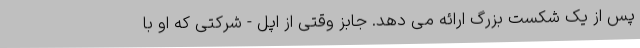
پس از یک شکست بزرگ ارائه می دهد. جابز وقتی از اپل - شرکتی که او با